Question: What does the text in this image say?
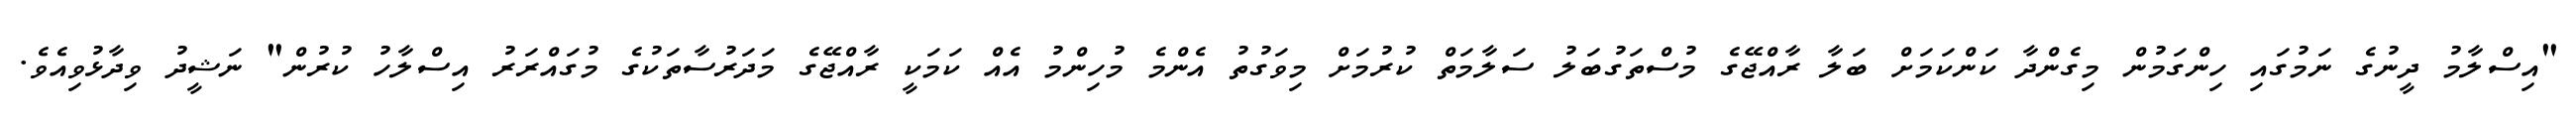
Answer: "އިސްލާމު ދީނުގެ ނަމުގައި ހިންގަމުން މިގެންދާ ކަންކަމަށް ބަލާ ރާއްޖޭގެ މުސްތަގުބަލު ސަލާމަތް ކުރުމަށް މިވަގުތު އެންމެ މުހިންމު އެއް ކަމަކީ ރާއްޖޭގެ މަދަރުސާތަކުގެ މުގައްރަރު އިސްލާހު ކުރުން" ނަޝީދު ވިދާޅުވިއެވެ.